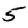
Digit: 5